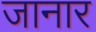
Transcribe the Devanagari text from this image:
जानार